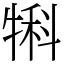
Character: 犐